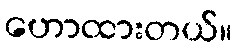
ဟောထားတယ်။